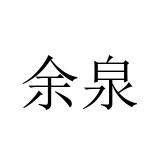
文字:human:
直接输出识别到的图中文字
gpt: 余泉